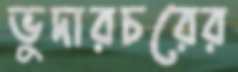
ভুদারচরের